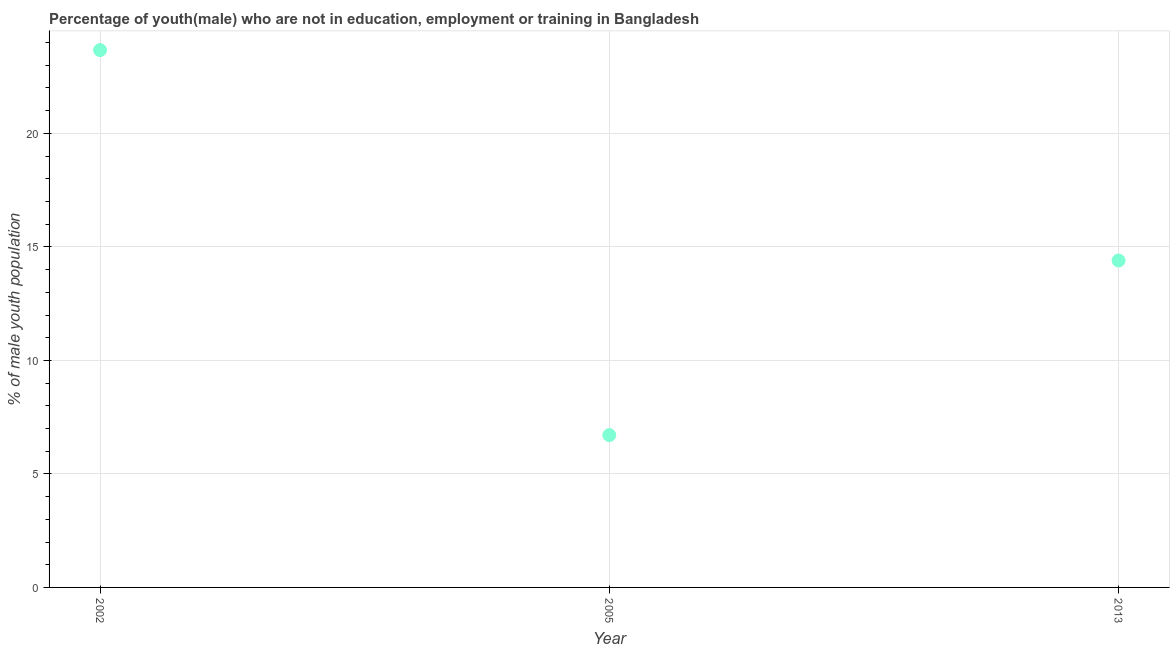
| Year | Unemployed(male) |
 | --- | --- |
 | 2002 | 23.7 |
 | 2005 | 6.71 |
 | 2013 | 14.4 |